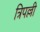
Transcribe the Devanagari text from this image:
त्रिपल्ली